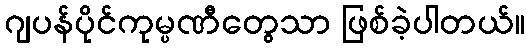
ဂျပန်ပိုင်ကုမ္ပဏီတွေသာ ဖြစ်ခဲ့ပါတယ်။